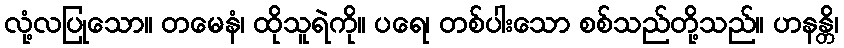
လုံ့လပြုသော။ တမေနံ၊ ထိုသူရဲကို။ ပရေ၊ တစ်ပါးသော စစ်သည်တို့သည်။ ဟနန္တိ၊